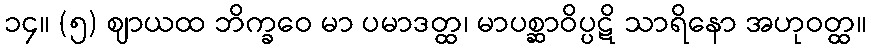
၁၄။ (၅) ဈာယထ ဘိက္ခဝေ မာ ပမာဒတ္ထ၊ မာပစ္ဆာဝိပ္ပဋိ သာရိနော အဟုဝတ္ထ။